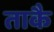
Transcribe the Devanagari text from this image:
ताकै